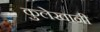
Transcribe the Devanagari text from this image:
कुलेखानी